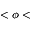
< \phi <